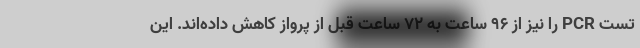
تست PCR را نیز از ۹۶ ساعت به ۷۲ ساعت قبل از پرواز کاهش داده‌اند. این